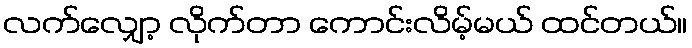
လက်လျှော့ လိုက်တာ ကောင်းလိမ့်မယ် ထင်တယ်။